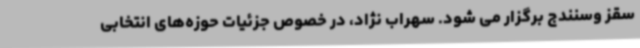
سقز وسنندج برگزار می شود. سهراب نژاد، در خصوص جزئیات حوزه‌های انتخابی